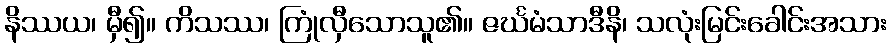
နိဿယ၊ မှီ၍။ ကိသဿ၊ ကြုံလှီသောသူ၏။ ဇင်္ဃမံသာဒီနိ၊ သလုံးမြင်းခေါင်းအသား